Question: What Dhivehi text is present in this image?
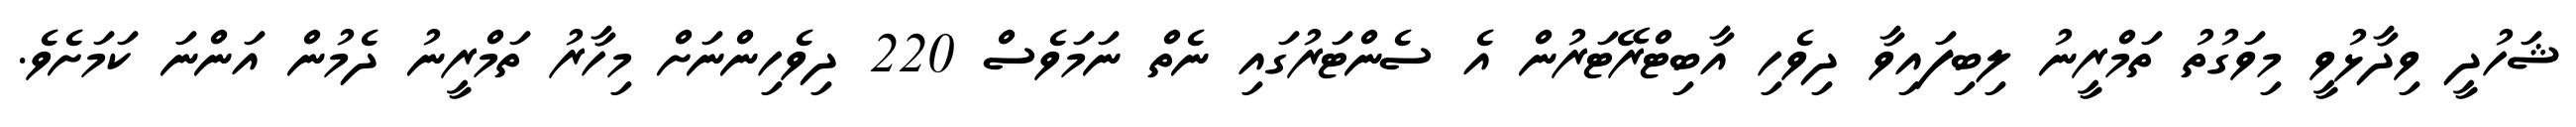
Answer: ޝަހުދީ ވިދާޅުވީ މިވަގުތު ތަމްރީނު ލިބިފައިވާ ދިވެހި އާބިޓްރޭޓަރުން އެ ސެންޓަރުގައި ނެތް ނަމަވެސް 220 ދިވެހިންނަށް މިހާރު ތަމްރީނު ދެމުން އަންނަ ކަމަށެވެ.